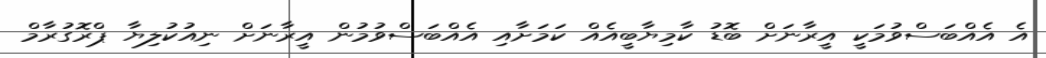
އެ އެއްބަސްވުމަކީ އީރާނަށް ބޮޑު ކާމިޔާބީއެއް ކަމަށާއި އެއްބަސްވުމުން އީރާނަށް ނިއުކުލިޔާ ޕްރޮގުރާމް